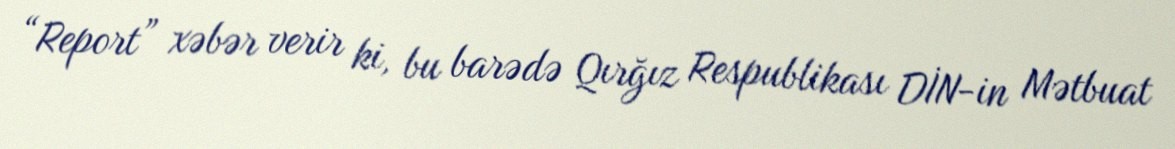
“Report” xəbər verir ki, bu barədə Qırğız Respublikası DİN-in Mətbuat